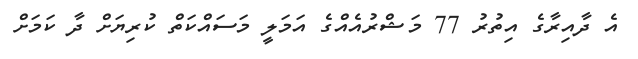
އެ ދާއިރާގެ އިތުރު 77 މަޝްރުއެއްގެ އަމަލީ މަސައްކަތް ކުރިޔަށް ދާ ކަމަށް